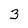
Character: 3